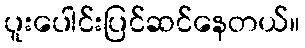
ပူးပေါင်းပြင်ဆင်နေတယ်။